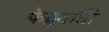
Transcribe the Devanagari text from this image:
फेब्रुवाती